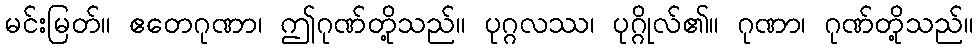
မင်းမြတ်။ ဧတေဂုဏာ၊ ဤဂုဏ်တို့သည်။ ပုဂ္ဂလဿ၊ ပုဂ္ဂိုလ်၏။ ဂုဏာ၊ ဂုဏ်တို့သည်။